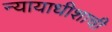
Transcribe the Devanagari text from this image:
न्यायाधीशाची